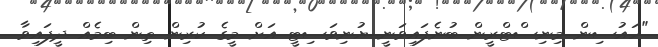
"ހައުސިން މިނިސްޓްރީން ބުނެފައިވަނީ ޔުނިވަސިޓީ އަށް މީގެ ކުރިން ތިން ބިމެއް ދީފައިވާ